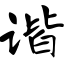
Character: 谐